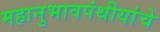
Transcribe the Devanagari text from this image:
महानुभावपंथीयांचे